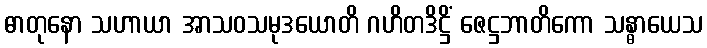
ဓာတုနော သဟာယာ အာသဝသမုဒယောတိ ဂဟိတဒိဋ္ဌိံ ဇေဋ္ဌဘာတိကော သန္ဓာယေသ